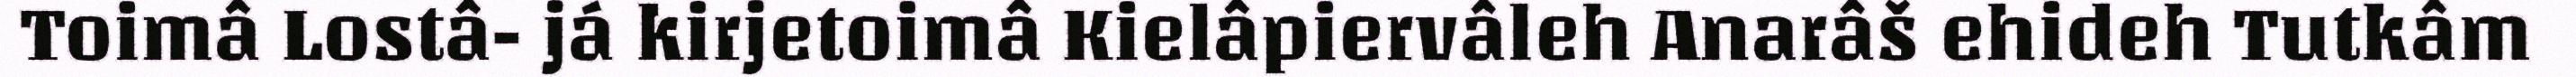
Toimâ Lostâ- já kirjetoimâ Kielâpiervâleh Anarâš ehideh Tutkâm